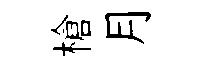
槍月